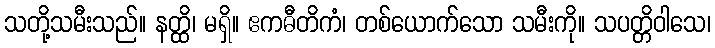
သတို့သမီးသည်။ နတ္ထိ၊ မရှိ။ ဧကဓီတိကံ၊ တစ်ယောက်သော သမီးကို။ သပတ္တိဝါသေ၊